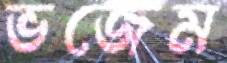
ভজেম